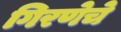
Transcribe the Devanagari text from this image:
गिरणेचे